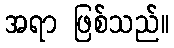
အရာ ဖြစ်သည်။